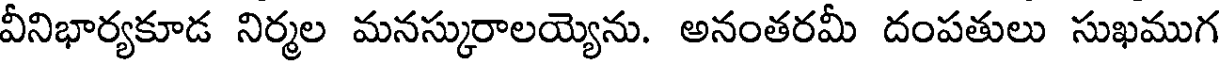
వీనిభార్యకూడ నిర్మల మనస్కురాలయ్యెను. అనంతరమీ దంపతులు సుఖముగ